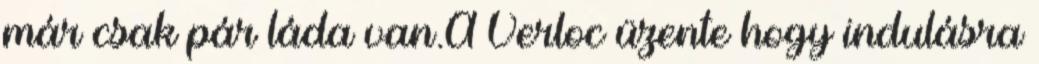
már csak pár láda van.A Verloc üzente hogy indulásra